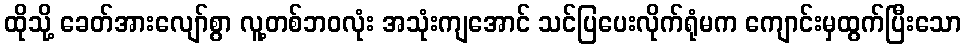
ထိုသို့ ခေတ်အားလျော်စွာ လူ့တစ်ဘဝလုံး အသုံးကျအောင် သင်ပြပေးလိုက်ရုံမက ကျောင်းမှထွက်ပြီးသော